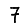
Digit: 7